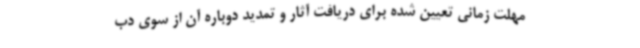
مهلت زمانی تعیین شده برای دریافت آثار و تمدید دوباره آن از سوی دب